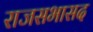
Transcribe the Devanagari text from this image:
राजसभासद